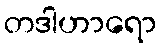
တဒါဟာရော